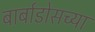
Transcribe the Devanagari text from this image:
बार्बाडोसच्या